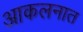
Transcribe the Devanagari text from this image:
आकलनात